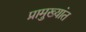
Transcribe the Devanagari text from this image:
प्रामुख्यांत